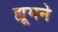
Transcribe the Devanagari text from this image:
ह्यूमने